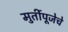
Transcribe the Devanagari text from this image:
मुर्तीपूजेचे